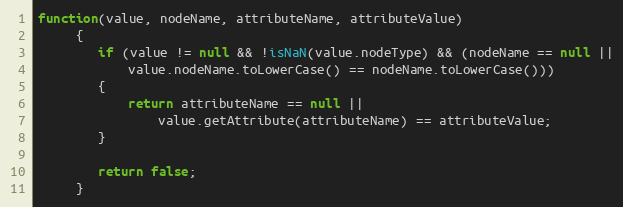
Language: JavaScript
function(value, nodeName, attributeName, attributeValue)
	 {
	 	if (value != null && !isNaN(value.nodeType) && (nodeName == null ||
	 		value.nodeName.toLowerCase() == nodeName.toLowerCase()))
 		{
 			return attributeName == null ||
 				value.getAttribute(attributeName) == attributeValue;
 		}

	 	return false;
	 }